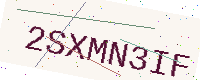
Text: 2SXMN3IF